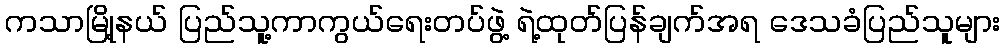
ကသာမြို့နယ် ပြည်သူ့ကာကွယ်ရေးတပ်ဖွဲ့ ရဲ့ထုတ်ပြန်ချက်အရ ဒေသခံပြည်သူများ